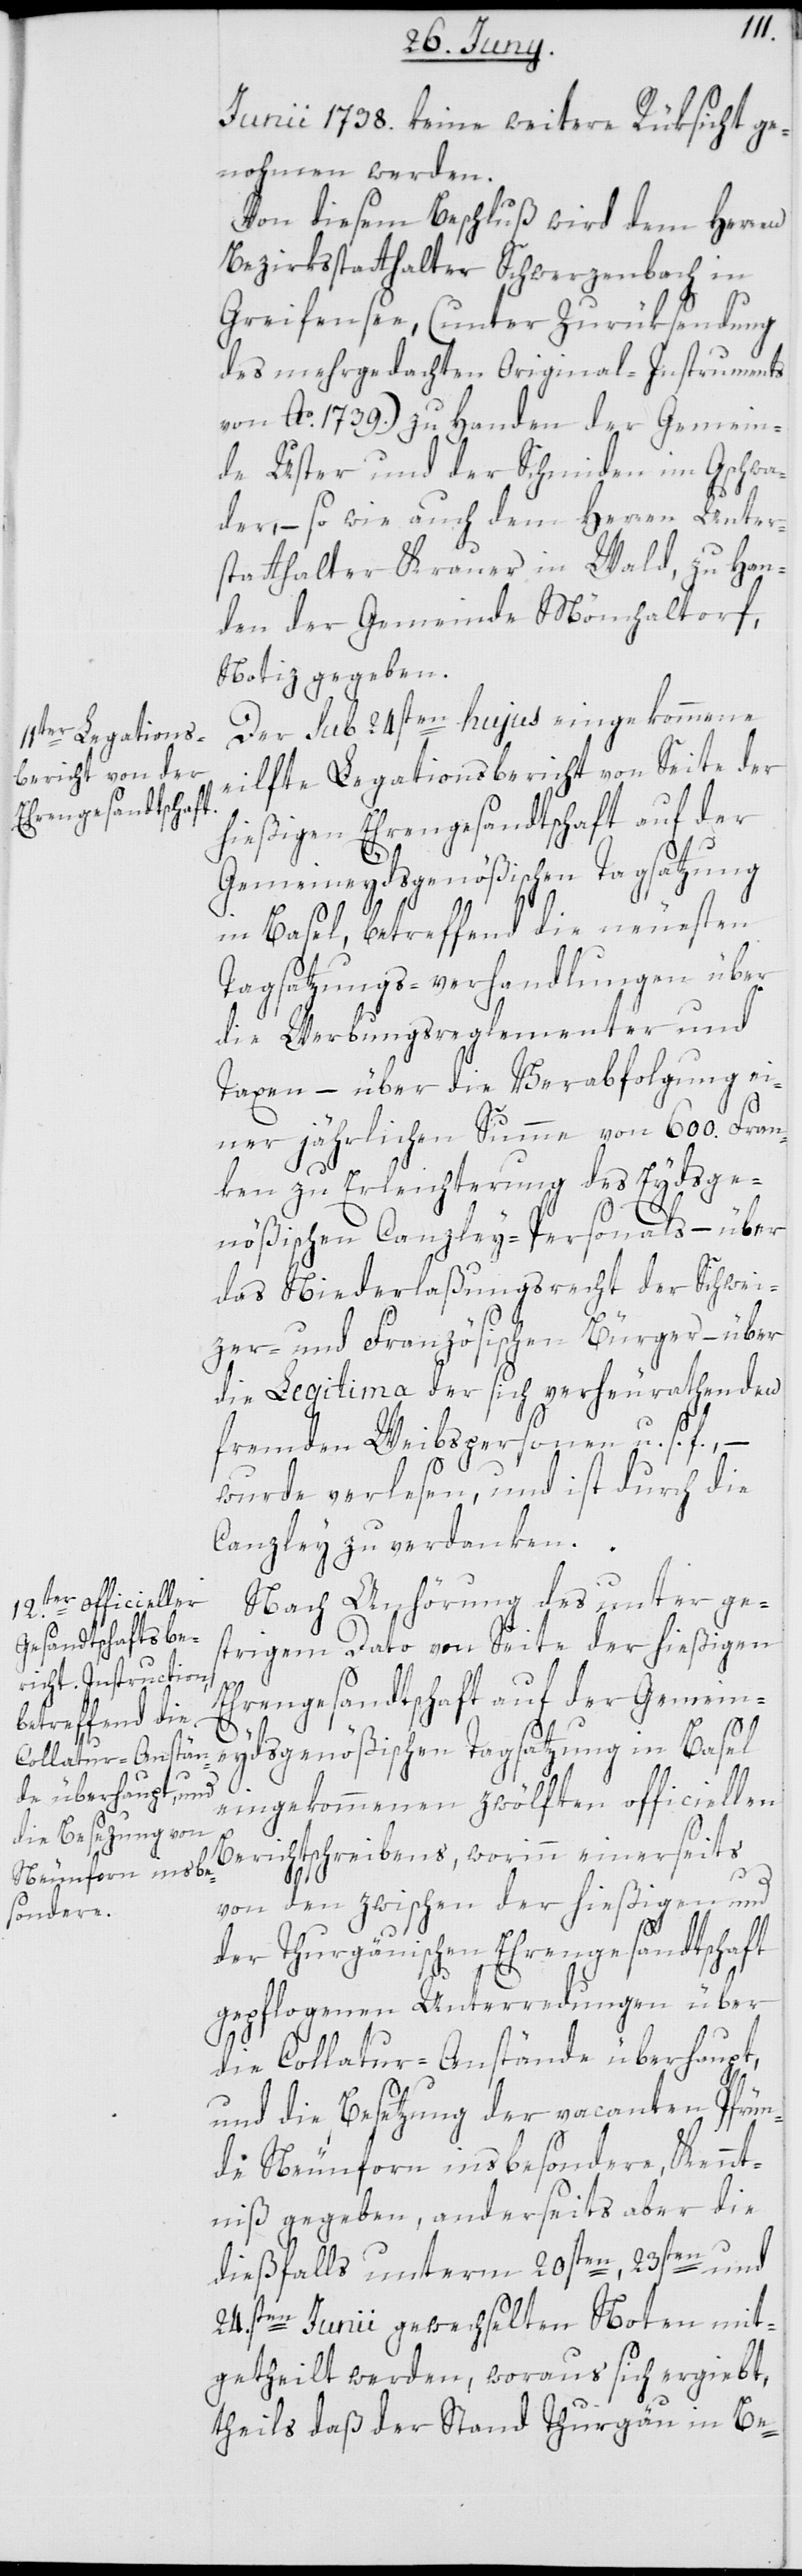
Junii 1798. keine weitere Rüksicht ge¬
nohmen werden.
Von diesem Beschluß wird dem Herren
Bezirksstatthalter Schwerzenbach in
Greifensee (unter Zurüksendung
des mehrgedachten Original-Instruments
von Ao. 1739.) zu Handen der Gemein¬
de Uster und der Schmiden im Gschwa¬
der, – so wie auch dem Herren Unter¬
statthalter Krauer in Wald, zu Han¬
den der Gemeinde Mönchaltorf,
Notiz gegeben.
Der sub 24sten hujus eingekommene
eilfte Legationsbericht von Seite der
hießigen Ehrengesandtschaft auf der
Gemeineydsgenößischen Tagsatzung
in Basel, betreffend die neuesten
Tagsatzungs-verhandlungen über
die Werbungsreglementer und
Taxen – über die Verabfolgung ei¬
ner jährlichen Summe von 600. Fran¬
ken zu Erleichterung des Eydsge¬
nößischen Canzley-Personals – über
das Niederlaßungsrecht der Schwei¬
zer- und Französischen Bürger – über
die Legitima der sich verheurathenden
fremden Weibspersonen u. s. f. –
wurde verlesen, und ist durch die
Canzley zu verdanken.
Nach Anhörung des unter ge¬
strigem Dato von Seite der hießigen
Ehrengesandtschaft auf der Gemein¬
eydsgenößischen Tagsatzung in Basel
eingekommenen zwölften officiellen
Berichtschreibens, worinn einerseits
von den zwischen der hießigen und
der Thurgäuischen Ehrengesandtschaft
gepflogenen Unterredungen über
die Collatur-Anstände überhaupt,
und die Besetzung der vacanten Pfrün¬
de Neunforn insbesondere, Kennt¬
niß gegeben, anderseits aber die
dießfalls unterm 20sten, 23sten und
24.sten Junii gewechselten Noten mit¬
getheilt werden, woraus sich ergiebt,
theils daß der Stand Thurgäu in Be-